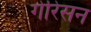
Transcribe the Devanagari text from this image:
गेरिसन